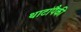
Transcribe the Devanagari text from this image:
थाटांपैकी